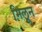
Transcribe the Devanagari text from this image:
मिलून